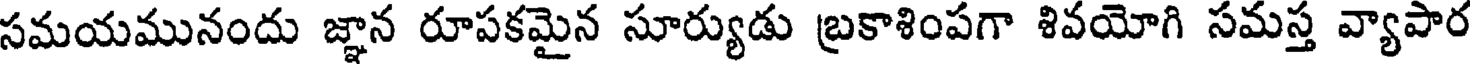
సమయమునందు జ్ఞాన రూపకమైన సూర్యుడు బ్రకాశింపగా శివయోగి సమస్త వ్యాపార